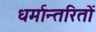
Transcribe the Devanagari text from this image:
धर्मान्तरितों